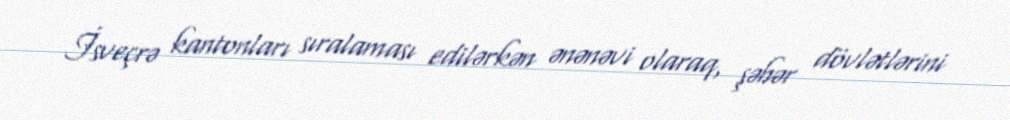
İsveçrə kantonları sıralaması edilərkən ənənəvi olaraq, şəhər dövlətlərini